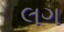
લગ